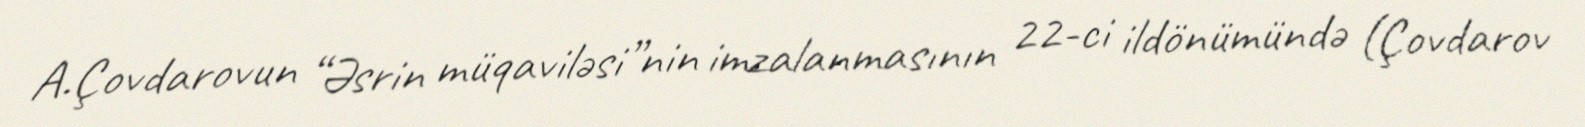
A.Çovdarovun “Əsrin müqaviləsi”nin imzalanmasının 22-ci ildönümündə (Çovdarov